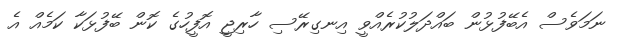
ނަމަވެސް އެބޭފުޅުން ބައްދަލުކުރެއްވީ އިނގިރޭސި ހާރިޖީ އޮފީހުގެ ކޮން ބޭފުޅަކާ ކަމެއް އެ